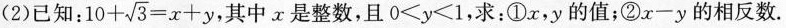
(2)已知：$$1 0 + \sqrt { 3 } = x + y$$，其中x是整数，且$$0 < y < 1$$，求：①x，y的值；②x-y的相反数.